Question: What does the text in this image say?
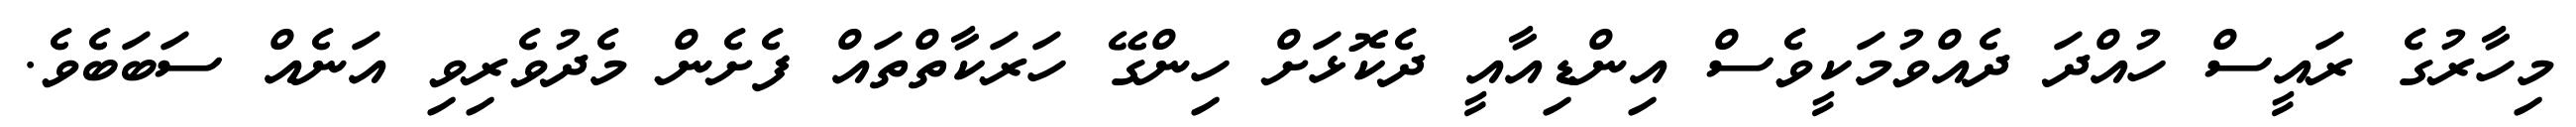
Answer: މިހާރުގެ ރައީސް ހުއްދަ ދެއްވުމަކީވެސް އިންޑިއާއީ ދެކޮޅަށް ހިންގޭ ހަރަކާތްތައް ފެށެން މެދުވެރިވި އަނެއް ސަބަބެވެ.